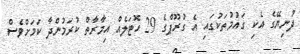
ދުނިޔޭގެ އެކި ގައުމުތަކުގައި އެ ގުރޫޕްގެ 29 ހޮޓަލެއް އިމާރާތް ކުރަމުންދާ ކަމަށްވެސް